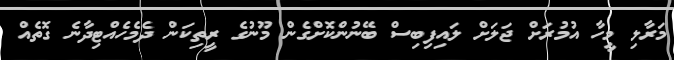
މަރާލި މީހާ އުމުރަށް ޖަލަށް ލައިފިބިސް ބޭނުންކޮށްގެން މޫނުގެ ރީތިކަން ދެމެހެއްޓިދާނެ ގޮތެއް